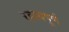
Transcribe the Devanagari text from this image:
रहस्‍यपूर्ण